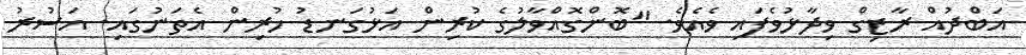
އަބްދުއް ރާޒިގް ވިދާޅުވެފައި ވެއެވެ. "ބޮންގޮއްވާލުގެ ކުރިން އަޅުގަނޑު ހުރިން އެތަނުގައި. އަސުރު